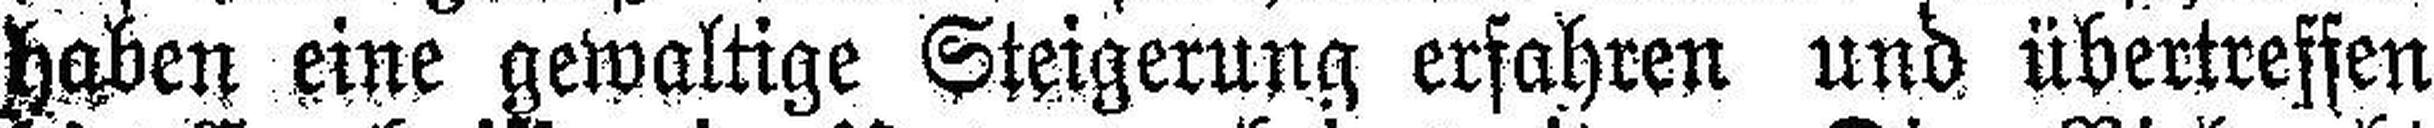
haben eine gewaltige Steigerung erfahren und übertreffen